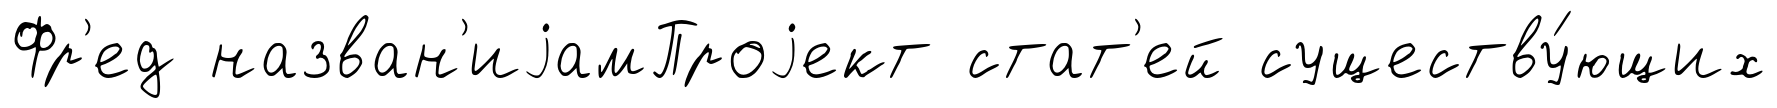
Фр'ед назван'иjамПроjект стат'ей существу́ющих